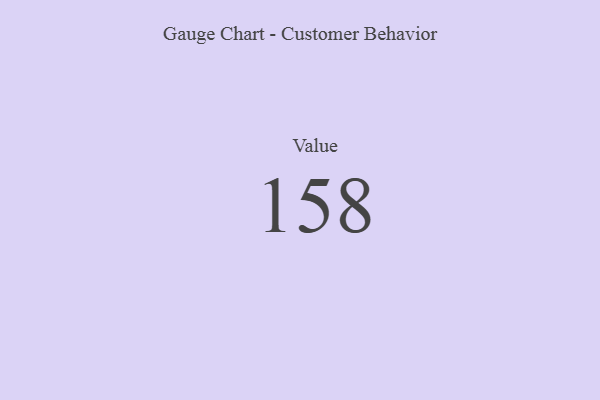
{"axis": {"x": "Metric", "y": "Value"}, "legend": [""], "data": [{"x": "Value", "y": 158, "type": ""}]}